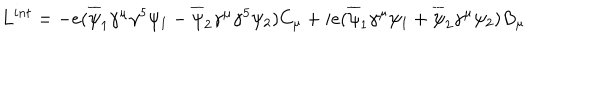
L ^ { i n t } = - e ( \overline { { \psi } } _ { 1 } \gamma ^ { \mu } \gamma ^ { 5 } \psi _ { 1 } - \overline { { \psi } } _ { 2 } \gamma ^ { \mu } \gamma ^ { 5 } \psi _ { 2 } ) C _ { \mu } + i e ( \overline { { \psi } } _ { 1 } \gamma ^ { \mu } \psi _ { 1 } + \overline { { \psi } } _ { 2 } \gamma ^ { \mu } \psi _ { 2 } ) B _ { \mu }